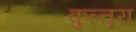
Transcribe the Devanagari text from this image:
कुल्तूरा